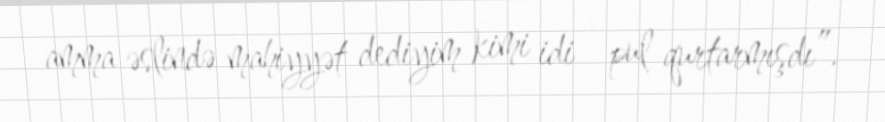
amma əslində mahiyyət dediyim kimi idi - pul qurtarmışdı”.